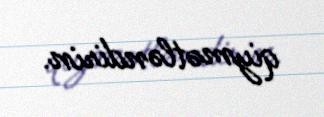
qiymətləndirin.